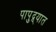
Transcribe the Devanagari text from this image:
पापुद्र्यात